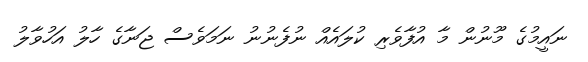
ނައީމުގެ މޫނުން މާ އުފާވެރި ކުލައެއް ނުފެނުނު ނަމަވެސް ޖަނާގެ ހާލު އަހުވާލު